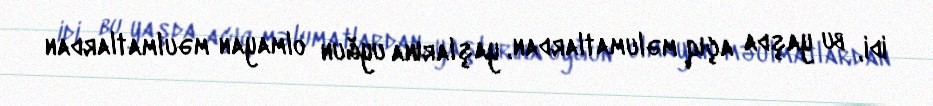
idi, bu yaşda açıq məlumatlardan, yaşlarına uyğun olmayan məulmatlardan